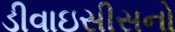
ડીવાઇસીસનો